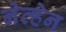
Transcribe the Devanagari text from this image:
नेव्हेन